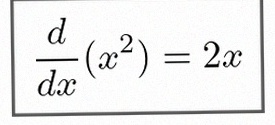
\frac{d}{dx}(x^2)=2x